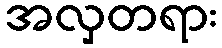
အလှတရား